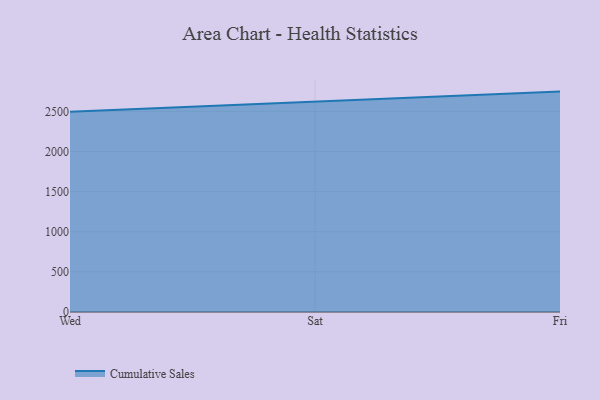
{"axis": {"x": "Day", "y": "Backlog"}, "legend": ["Cumulative Sales"], "data": [{"x": "Wed", "y": 2496.7, "type": "Cumulative Sales"}, {"x": "Sat", "y": 2623.0, "type": "Cumulative Sales"}, {"x": "Fri", "y": 2746.5, "type": "Cumulative Sales"}]}